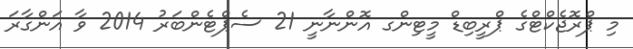
މި ޕްރޮޖެކްޓްގެ ޕްރީބިޑް މީޓިންގ އޮންނާނީ 21 ސެޕްޓެންބަރު 2014 ވާ އަންގާރަ